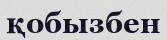
қобызбен